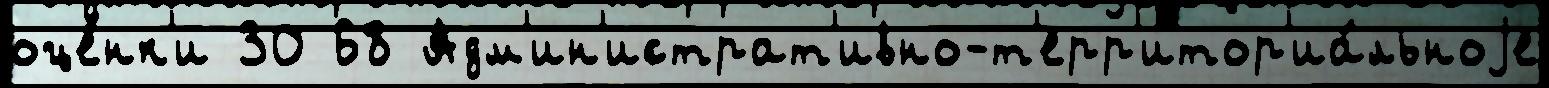
оце́нк'и 30 68 Адм'ин'истрат'ивно-т'ерр'итор'иа́льноjе